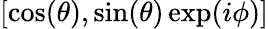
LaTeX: [\cos(\theta),\sin(\theta)\exp(i\phi)]